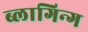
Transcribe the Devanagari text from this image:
ब्लागिन्ग